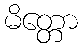
မိတ္တော